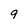
Character: 9